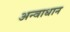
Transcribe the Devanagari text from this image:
अन्वाधान